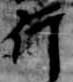
行